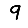
Digit: 9